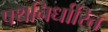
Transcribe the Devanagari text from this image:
पथनिर्धारित